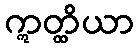
ဣတ္ထိယာ